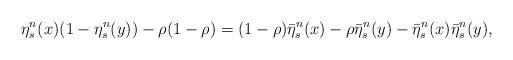
LaTeX: \begin{align*}\eta_s^n(x)(1-\eta_s^n(y))-\rho(1-\rho)=(1-\rho)\bar{\eta}_s^n(x)-\rho\bar{\eta}_s^n(y)-\bar{\eta}_s^n(x)\bar{\eta}_s^n(y),\end{align*}